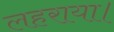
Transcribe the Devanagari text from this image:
लहराया।